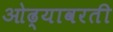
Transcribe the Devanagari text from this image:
ओढ्यावरती